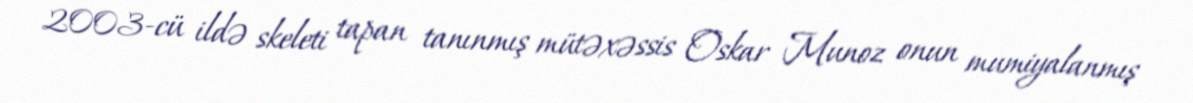
2003-cü ildə skeleti tapan tanınmış mütəxəssis Oskar Munoz onun mumiyalanmış